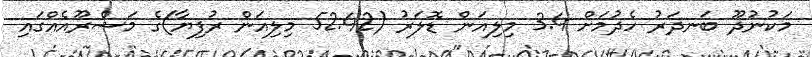
މަކުނުދޫ ބަނދަރު ހެދުމަށް 3.4 މިލިއަން ޑޮލަރު (52.42 މިލިއަން ރުފިޔާ)ގެ މަޝްރޫއެއްގައި